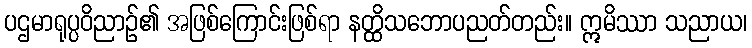
ပဌမာရုပ္ပဝိညာဉ်၏ အဖြစ်ကြောင်းဖြစ်ရာ နတ္ထိသဘောပညတ်တည်း။ ဣမိဿာ သညာယ၊